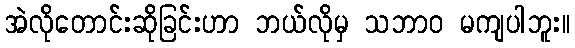
အဲလိုတောင်းဆိုခြင်းဟာ ဘယ်လိုမှ သဘာဝ မကျပါဘူး။